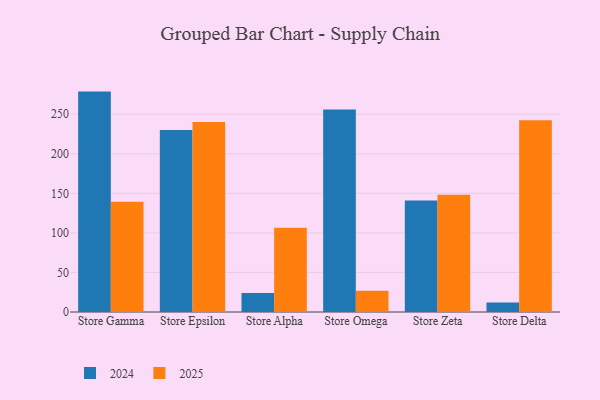
{"axis": {"x": "Store", "y": "Shipments"}, "legend": ["2024", "2025"], "data": [{"x": "Store Gamma", "y": 278.6, "type": "2024"}, {"x": "Store Gamma", "y": 139.5, "type": "2025"}, {"x": "Store Epsilon", "y": 230.0, "type": "2024"}, {"x": "Store Epsilon", "y": 240.1, "type": "2025"}, {"x": "Store Alpha", "y": 24.1, "type": "2024"}, {"x": "Store Alpha", "y": 106.6, "type": "2025"}, {"x": "Store Omega", "y": 256.0, "type": "2024"}, {"x": "Store Omega", "y": 26.8, "type": "2025"}, {"x": "Store Zeta", "y": 141.1, "type": "2024"}, {"x": "Store Zeta", "y": 148.2, "type": "2025"}, {"x": "Store Delta", "y": 12.0, "type": "2024"}, {"x": "Store Delta", "y": 242.3, "type": "2025"}]}